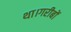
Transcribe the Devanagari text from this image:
था।गरीबों